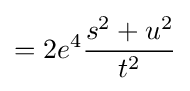
=2e^{4}{\frac {s^{2}+u^{2}}{t^{2}}}